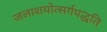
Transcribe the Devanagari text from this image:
जलाशयोत्सर्गपद्धति